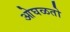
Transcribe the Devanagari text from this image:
ओघळतो